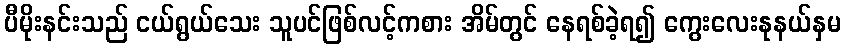
ပီမိုးနင်းသည် ငယ်ရွယ်သေး သူပင်ဖြစ်လင့်ကစား အိမ်တွင် နေရစ်ခဲ့ရ၍ ကွေးလေးနုနယ်နှမ